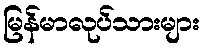
မြန်မာလုပ်သားများ